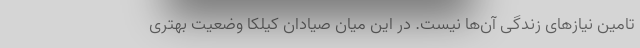
تامین نیازهای زندگی آن‌ها نیست. در این میان صیادان کیلکا وضعیت بهتری